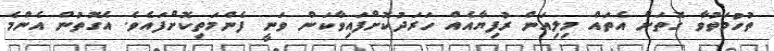
ތުހުމަތުވާ ގޮތަށް އެތައް މިލިއަން ރުފިޔާއެއް ހަރަދުކޮށްފައިވާކަން ވަނީ ފެންމަތިކޮށްފައެވެ. އެގޮތުން އެންމެ